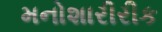
મનોશારીરીક